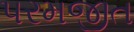
પરમજીત